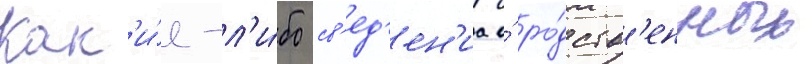
Как'и́е-л'и́бо св'ед'ен'иа о́ ро́дств'енных